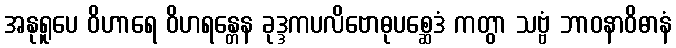
အနုရူပေ ဝိဟာရေ ဝိဟရန္တေန ခုဒ္ဒကပလိဗောဓုပစ္ဆေဒံ ကတွာ သဗ္ဗံ ဘာဝနာဝိဓာနံ